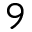
9